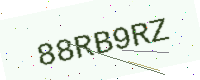
Text: 88RB9RZ